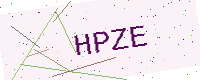
Text: HPZE